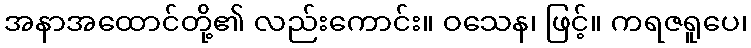
အနာအထောင်တို့၏ လည်းကောင်း။ ဝသေန၊ ဖြင့်။ ကရဇရူပေ၊